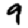
Digit: 9